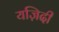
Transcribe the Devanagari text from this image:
यज़िदी